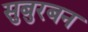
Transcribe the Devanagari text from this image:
सुबुरबन